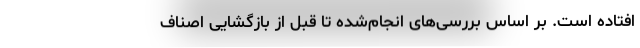
افتاده است. بر اساس بررسی‌های انجام‌شده تا قبل از بازگشایی اصناف